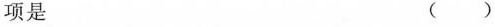
项是 ( )